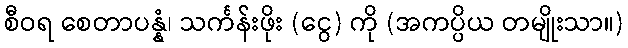
စီဝရ စေတာပန္နံ၊ သင်္ကန်းဖိုး (ငွေ) ကို (အကပ္ပိယ တမျိုးသာ။)